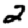
Digit: 2